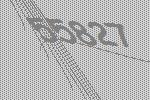
55827